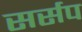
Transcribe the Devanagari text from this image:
सर्सप